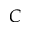
C